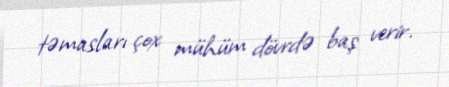
təmasları çox mühüm dövrdə baş verir.